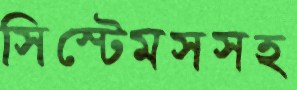
সিস্টেমসসহ